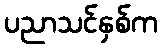
ပညာသင်နှစ်က